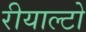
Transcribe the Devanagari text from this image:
रीयाल्टो